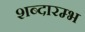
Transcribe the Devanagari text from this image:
शब्दारम्भ